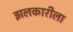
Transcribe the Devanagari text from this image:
झलकारीला